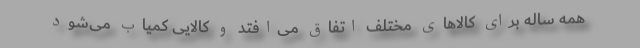
همه ساله برای کالا‌های مختلف اتفاق می‌افتد و کالایی کمیاب می‌شود